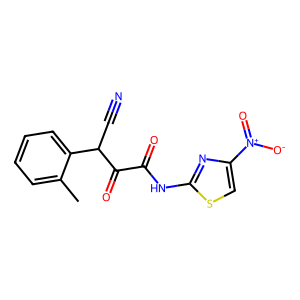
SMILES: Cc1ccccc1C(C#N)C(=O)C(=O)Nc1nc([N+](=O)[O-])cs1
Inhibits HIV replication: No